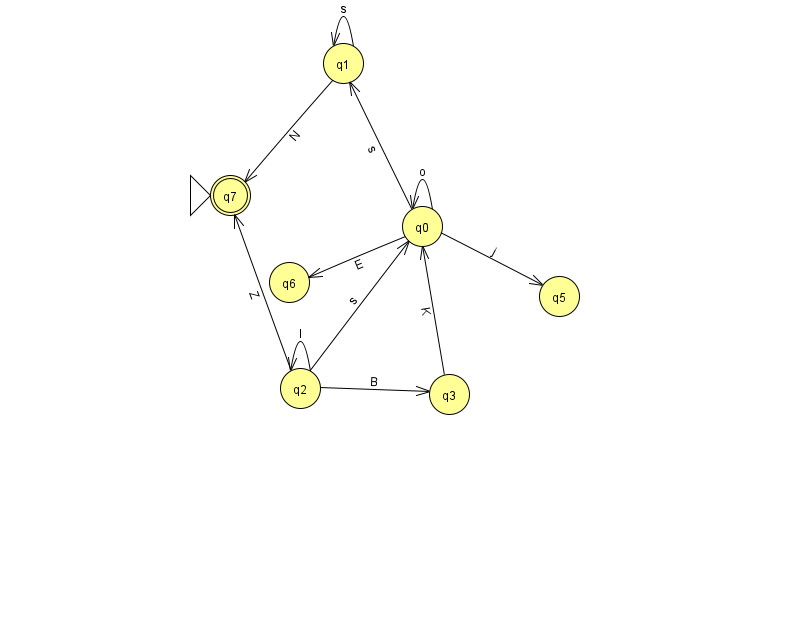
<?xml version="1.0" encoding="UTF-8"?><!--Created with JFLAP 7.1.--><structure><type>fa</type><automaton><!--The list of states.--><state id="0" name="q0"><x>422.0</x><y>213.0</y></state><state id="1" name="q1"><x>343.0</x><y>50.0</y></state><state id="2" name="q2"><x>300.0</x><y>375.0</y></state><state id="3" name="q3"><x>449.0</x><y>381.0</y></state><state id="5" name="q5"><x>559.0</x><y>283.0</y></state><state id="6" name="q6"><x>289.0</x><y>269.0</y></state><state id="7" name="q7"><x>230.0</x><y>182.0</y><initial/><final/></state><!--The list of transitions.--><transition><from>1</from><to>7</to><read>N</read></transition><transition><from>1</from><to>1</to><read>s</read></transition><transition><from>2</from><to>7</to><read>Z</read></transition><transition><from>0</from><to>6</to><read>E</read></transition><transition><from>2</from><to>3</to><read>B</read></transition><transition><from>3</from><to>0</to><read>K</read></transition><transition><from>0</from><to>1</to><read>s</read></transition><transition><from>2</from><to>0</to><read>s</read></transition><transition><from>2</from><to>2</to><read>l</read></transition><transition><from>0</from><to>5</to><read>j</read></transition><transition><from>0</from><to>0</to><read>o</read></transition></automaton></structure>